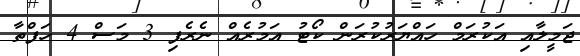
ޖަމީލާއި އަކުރަމް ހައްޔަރުކުރަން ކޯޓު އަމުރެއް ނެރެފި 3 މަސް 4 ހަފްތާ